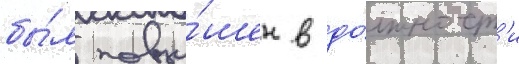
бы́л повы́шен в до́лжност'и